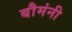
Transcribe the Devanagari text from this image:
बौमंनी